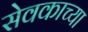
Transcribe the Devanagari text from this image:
सेवकाच्या